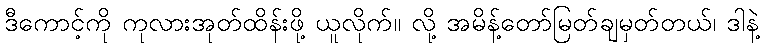
ဒီကောင့်ကို ကုလားအုတ်ထိန်းဖို့ ယူလိုက်။ လို့ အမိန့်တော်မြတ်ချမှတ်တယ်၊ ဒါနဲ့